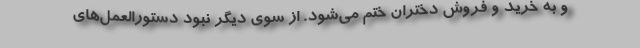
و به خرید و فروش دختران ختم می‌شود. از سوی دیگر نبود دستورالعمل‌های